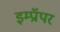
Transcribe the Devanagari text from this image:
इम्प्रॉपर